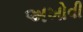
અખોવી